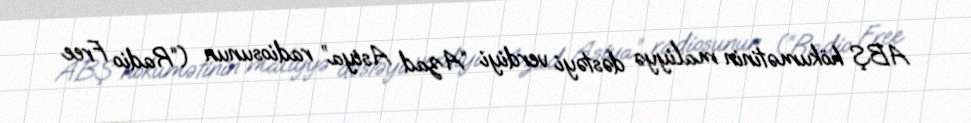
ABŞ hökumətinin maliyyə dəstəyi verdiyi “Azad Asiya” radiosunun (“Radio Free